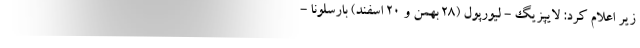
زیر اعلام کرد: لایپزیگ - لیورپول (28 بهمن و 20 اسفند) بارسلونا -